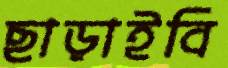
ছাড়াইবি